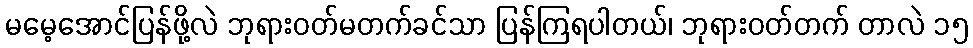
မမေ့အောင်ပြန်ဖို့လဲ ဘုရားဝတ်မတက်ခင်သာ ပြန်ကြရပါတယ်၊ ဘုရားဝတ်တက် တာလဲ ၁၅